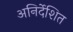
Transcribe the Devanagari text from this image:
अनिर्देशित